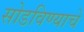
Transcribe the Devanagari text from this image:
सोडविण्याचे